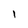
Character: 1